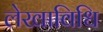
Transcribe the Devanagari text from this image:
लेखाविधि